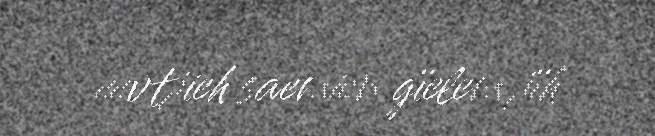
eevtjieh saemien gïelem jïh